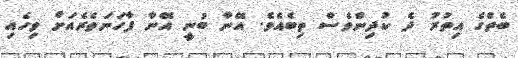
ބެތްގެ އިތުރު ދެ ކުދިންވެސް ތިބެއެވެ. އޭނާ ބުނީ އޭނާ ފާހަނަތެރެއަށް ވިހެއި